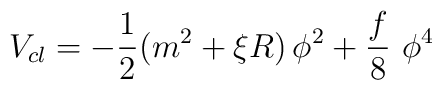
V_{cl}=-\frac{1}{2}(m^{2}+\xi R)\,\phi ^{2}+\frac{f}{8}\,\,\phi ^{4}